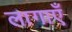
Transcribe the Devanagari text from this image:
लागाएँ